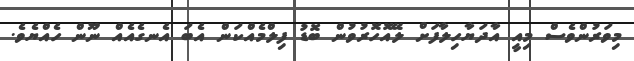
މިވަރުންވެސް މިއީ އާދަޔާހިލާފަށް ލޭއޮހޮރުވުން ބޮޑު ފިލްމެއްކަން އެބަ އެނގެއެއް ނޫން ހެއްޔެވެ.